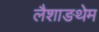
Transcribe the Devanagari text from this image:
लैशाङथेम